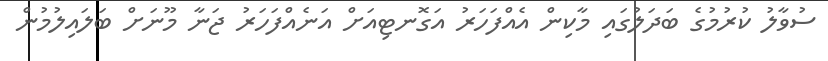
ސުވާލު ކުރުމުގެ ބަދަލުގައި މާކިން އެއްފަހަރު އަގޮނޓިއަށް އަނެއްފަހަރު ޖަނާ މޫނަށް ބަލައިލުމުން